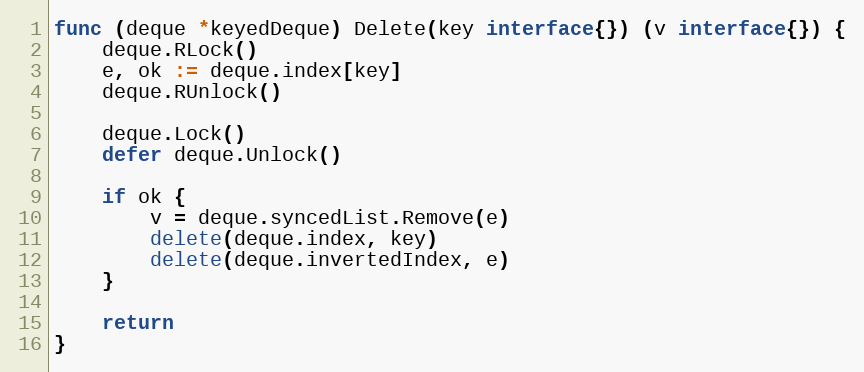
Language: Go
func (deque *keyedDeque) Delete(key interface{}) (v interface{}) {
	deque.RLock()
	e, ok := deque.index[key]
	deque.RUnlock()

	deque.Lock()
	defer deque.Unlock()

	if ok {
		v = deque.syncedList.Remove(e)
		delete(deque.index, key)
		delete(deque.invertedIndex, e)
	}

	return
}